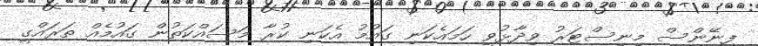
ފިނޭންސް މިނިސްޓަރު ވިދާޅުވީ ހަަމައެކަނި ގައުމު އެކަނި ކުރާ މަސައްކަތުން ގައުމެއް ތަަރައްގީ